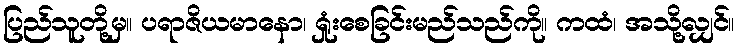
ပြည်သူတို့မှ။ ပရာဇိယမာနော၊ ရှုံးစေခြင်းမည်သည်ကို။ ကထံ၊ အသို့လျှင်။